Senior Leaving Certificate Examination (including Day School Certificate (Higher) General paper), 1950
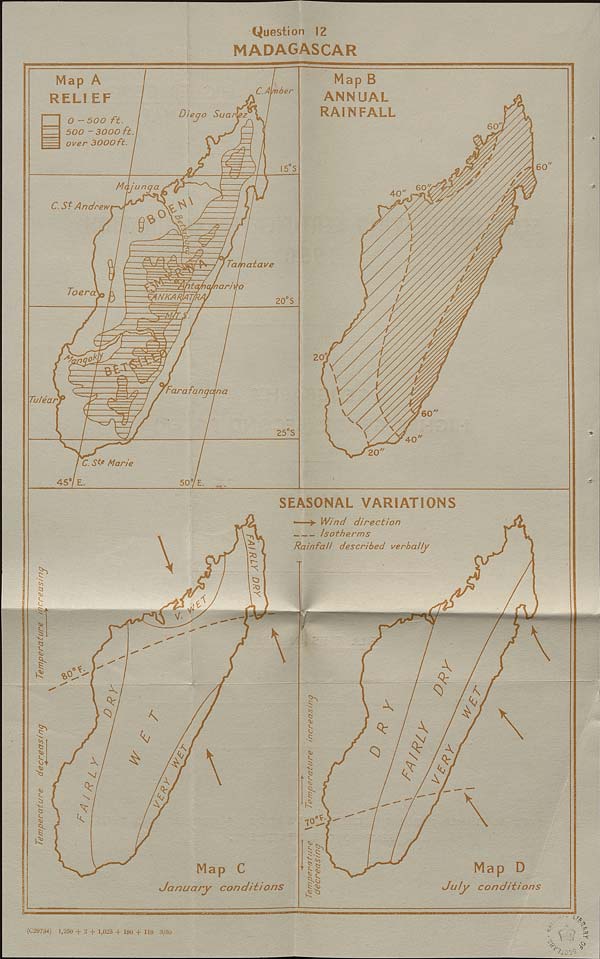
(Question 12
MADAGASCAR
Map B
ANNUAL
RAINFALL
Map A
RELI EF
C.Avnber
Diego Suanez
O - 500 ft.
500 - 3000 ft
over 3000ft.
60
5 5
M junga
60
40
C. St Andrew
o
$
Tamatave
nan vo
To era
NKARIAT/R.
20 S
g|g§g
far a fangdna
Tulear
60
25 S
40
20
C. SD Marie
45“ E.
507 E
SEASONAL VARIATIONS
► Wind direction
Isotherms
\
Rainfall described verbally
P
\
\
55
0 X
%°
XT
55
N
0:
N/
\
\
9:
\
Qr
L SO
Map D
July conditions
Map C
January conditions
5-0
(C29734) 1,250 + 2 + 1,025 + 180 +119 3/50
AW